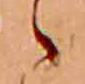
ゝ